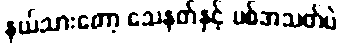
နယ်သားတော့ သေနတ်နှင့် ပစ်အသတ်ပဲ